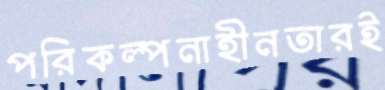
পরিকল্পনাহীনতারই